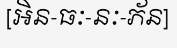
[អិន-ធៈ-នៈ-ភ័ន]